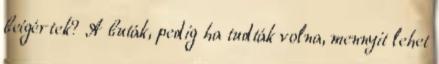
beígértek? A buták, pedig ha tudták volna, mennyit lehet